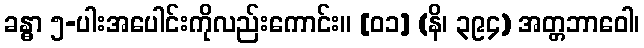
ခန္ဓာ ၅-ပါးအပေါင်းကိုလည်းကောင်း။ [၀၁] (နိ၊ ၃၉၄) အတ္တဘာဝေါ၊